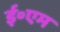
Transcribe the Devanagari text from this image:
ई॰एम